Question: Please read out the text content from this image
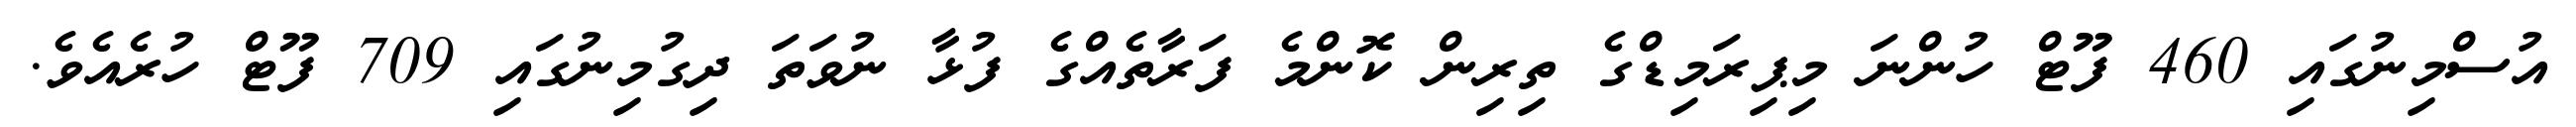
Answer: އުސްމިނުގައި 460 ފޫޓް ހުންނަ މިޕިރަމިޑްގެ ތިރިން ކޮންމެ ފަރާތެއްގެ ފުޅާ ނުވަތަ ދިގުމިނުގައި 709 ފޫޓް ހުރެއެވެ.